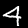
Label: 4